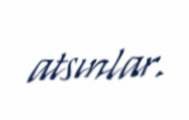
atsınlar.